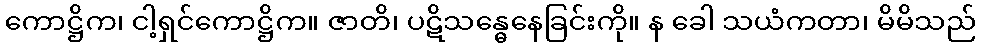
ကောဋ္ဌိက၊ ငါ့ရှင်ကောဋ္ဌိက။ ဇာတိ၊ ပဋိသန္ဓေနေခြင်းကို။ န ခေါ သယံကတာ၊ မိမိသည်